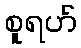
စူရဟ်